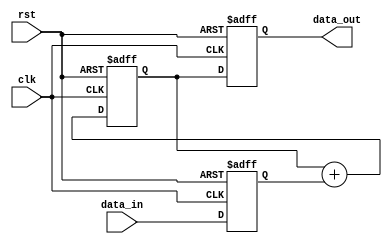
module parallel_accumulator(
    input wire clk,
    input wire rst,
    input wire [7:0] data_in,
    output reg [15:0] data_out
);

reg [15:0] sum;
reg [7:0] data;

always @ (posedge clk or posedge rst) begin
    if (rst) begin
        sum <= 16'd0;
    end else begin
        sum <= sum + data;
    end
end

always @ (posedge clk or posedge rst) begin
    if (rst) begin
        data <= 8'd0;
        data_out <= 16'd0;
    end else begin
        data <= data_in;
        data_out <= sum;
    end
end

endmodule